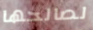
لصالحها